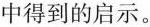
中得到的启示。